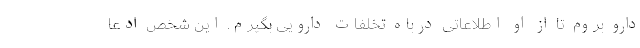
دارو بروم تا از او اطلاعاتی درباه تخلفات دارویی بگیرم. این شخص ادعا